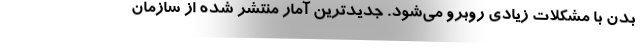
بدن با مشکلات زیادی روبرو می‌شود. جدیدترین آمار منتشر شده از سازمان